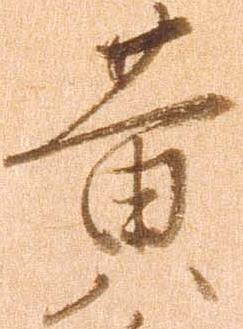
黄